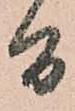
間